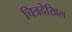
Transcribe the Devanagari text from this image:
चित्रदेखिल